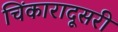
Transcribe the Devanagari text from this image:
चिंकारादूसरी